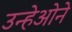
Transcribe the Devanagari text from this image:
उन्हेओने